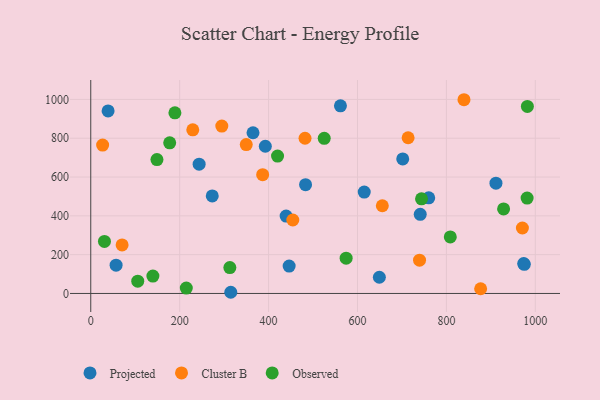
{"axis": {"x": "Engine Size", "y": "Salary"}, "legend": ["Cluster B", "Observed", "Projected"], "data": [{"x": "392.7", "y": 758.7, "type": "Projected"}, {"x": "911.5", "y": 568.3, "type": "Projected"}, {"x": "741.2", "y": 407.8, "type": "Projected"}, {"x": "365.0", "y": 828.3, "type": "Projected"}, {"x": "615.2", "y": 522.7, "type": "Projected"}, {"x": "561.7", "y": 967.0, "type": "Projected"}, {"x": "701.8", "y": 693.6, "type": "Projected"}, {"x": "446.3", "y": 141.3, "type": "Projected"}, {"x": "973.9", "y": 154.1, "type": "Projected"}, {"x": "39.0", "y": 940.6, "type": "Projected"}, {"x": "483.2", "y": 560.8, "type": "Projected"}, {"x": "649.2", "y": 83.5, "type": "Projected"}, {"x": "439.5", "y": 399.0, "type": "Projected"}, {"x": "57.0", "y": 145.8, "type": "Projected"}, {"x": "243.8", "y": 666.3, "type": "Projected"}, {"x": "975.3", "y": 149.9, "type": "Projected"}, {"x": "315.0", "y": 6.1, "type": "Projected"}, {"x": "273.3", "y": 502.7, "type": "Projected"}, {"x": "760.3", "y": 493.0, "type": "Projected"}, {"x": "386.7", "y": 612.1, "type": "Cluster B"}, {"x": "454.5", "y": 378.6, "type": "Cluster B"}, {"x": "349.8", "y": 767.1, "type": "Cluster B"}, {"x": "482.0", "y": 799.9, "type": "Cluster B"}, {"x": "739.6", "y": 171.4, "type": "Cluster B"}, {"x": "839.6", "y": 998.5, "type": "Cluster B"}, {"x": "971.0", "y": 337.3, "type": "Cluster B"}, {"x": "26.7", "y": 764.8, "type": "Cluster B"}, {"x": "655.9", "y": 452.1, "type": "Cluster B"}, {"x": "229.5", "y": 843.2, "type": "Cluster B"}, {"x": "70.5", "y": 250.3, "type": "Cluster B"}, {"x": "294.8", "y": 862.6, "type": "Cluster B"}, {"x": "713.9", "y": 802.4, "type": "Cluster B"}, {"x": "877.1", "y": 24.2, "type": "Cluster B"}, {"x": "105.7", "y": 63.5, "type": "Observed"}, {"x": "177.6", "y": 776.3, "type": "Observed"}, {"x": "139.8", "y": 89.8, "type": "Observed"}, {"x": "574.5", "y": 182.0, "type": "Observed"}, {"x": "928.7", "y": 435.6, "type": "Observed"}, {"x": "30.8", "y": 268.1, "type": "Observed"}, {"x": "982.2", "y": 964.0, "type": "Observed"}, {"x": "808.8", "y": 291.3, "type": "Observed"}, {"x": "148.9", "y": 690.2, "type": "Observed"}, {"x": "525.2", "y": 799.3, "type": "Observed"}, {"x": "981.6", "y": 491.6, "type": "Observed"}, {"x": "214.9", "y": 27.5, "type": "Observed"}, {"x": "744.1", "y": 487.5, "type": "Observed"}, {"x": "312.9", "y": 133.4, "type": "Observed"}, {"x": "189.3", "y": 930.9, "type": "Observed"}, {"x": "420.2", "y": 708.3, "type": "Observed"}]}